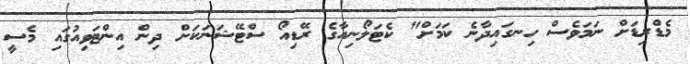
މެޑްރިޑަށް ނަމަވެސް ހިނގައިދާނެ ކަމަށް" ކެޓަލޯނިއާގެ ރޭޑިއޯ ސްޓޭޝަނަކަށް ދިން އިންޓަވިއުގައި މެސީ